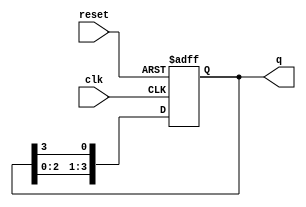
module ring_counter #(
    parameter N = 4  // Number of flip-flops (length of the ring counter)
) (
    input wire clk,       // Clock input
    input wire reset,     // Reset input (active high)
    output reg [N-1:0] q // Output representing the current state of the counter
);

    // Initial state for the ring counter
    initial begin
        q = 1'b1; // Set the initial state to 100...0
    end

    always @(posedge clk or posedge reset) begin
        if (reset) begin
            q <= 1'b1; // Reset to initial state (100...0)
        end else begin
            // Shift the '1' around the ring
            q <= {q[N-2:0], q[N-1]}; // Shift left and wrap around
        end
    end

endmodule